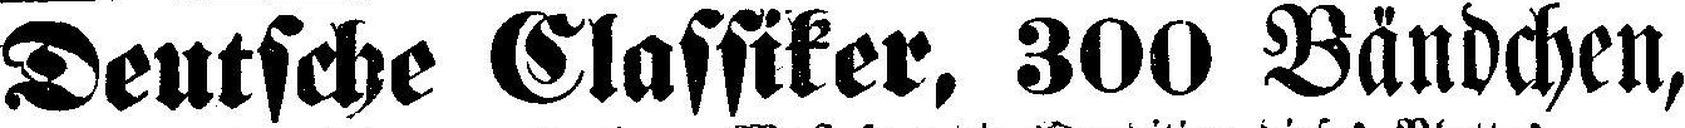
Deutsche Classiker, 300 Bändchen,